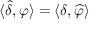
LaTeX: \langle { \widehat { \delta } } , \varphi \rangle = \langle \delta , { \widehat { \varphi } } \rangle